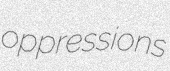
oppressions